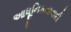
આધૂનિકતાવાદી